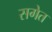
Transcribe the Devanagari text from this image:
सगेत